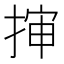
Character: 𭡜